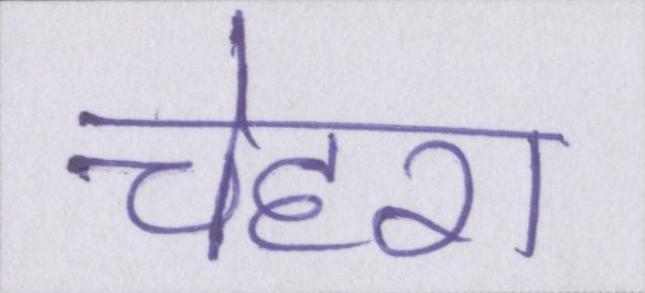
चेहरा